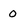
Character: 0